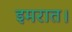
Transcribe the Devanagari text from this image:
इमरात।